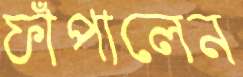
ফাঁপালেন